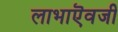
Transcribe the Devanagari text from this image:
लाभाऎवजी